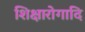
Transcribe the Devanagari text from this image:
शिक्षारोगादि